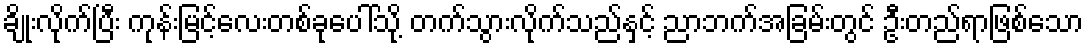
ချိုးလိုက်ပြီး ကုန်းမြင့်လေးတစ်ခုပေါ်သို့ တက်သွားလိုက်သည်နှင့် ညာဘက်အခြမ်းတွင် ဦးတည်ရာဖြစ်သော